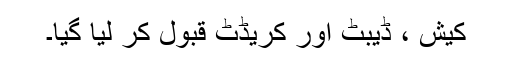
کیش ، ڈیبٹ اور کریڈٹ قبول کر لیا گیا۔